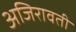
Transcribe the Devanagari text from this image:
अजिरावती